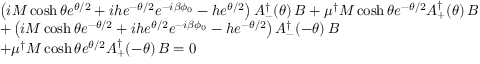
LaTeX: \begin{array} { l l } { { } } & { { \left( i M \cosh \theta e ^ { \theta / 2 } + i h e ^ { - \theta / 2 } e ^ { - i \beta \phi _ { 0 } } - h e ^ { \theta / 2 } \right) A _ { - } ^ { \dagger } ( \theta ) \, B + \mu ^ { \dagger } M \cosh \theta e ^ { - \theta / 2 } A _ { + } ^ { \dagger } ( \theta ) \, B } } \\ { { } } & { { + \left( i M \cosh \theta e ^ { - \theta / 2 } + i h e ^ { \theta / 2 } e ^ { - i \beta \phi _ { 0 } } - h e ^ { - \theta / 2 } \right) A _ { - } ^ { \dagger } ( - \theta ) \, B } } \\ { { } } & { { + \mu ^ { \dagger } M \cosh \theta e ^ { \theta / 2 } A _ { + } ^ { \dagger } ( - \theta ) \, B = 0 } } \end{array}